Vaccination in Burma 1912-1922 - 1912-1922
Year: 1912
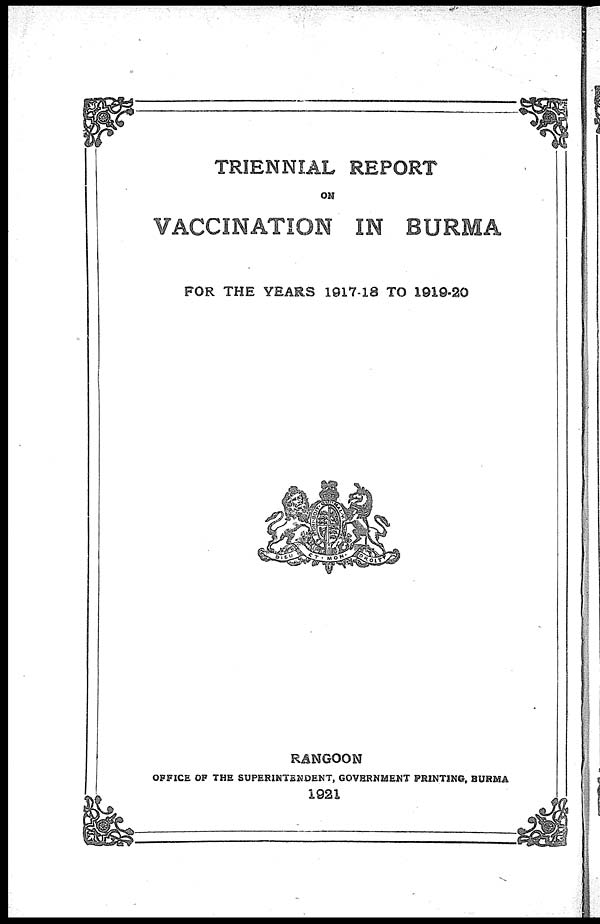
TRIENNIAL REPORT
ON
VACCINATION IN BURMA
FOR THE YEARS 1917-18 TO 1919-20
RANGOON
OFFICE OF THE SUPERINTENDENT, GOVERNMENT PRINTING, BURMA
1921